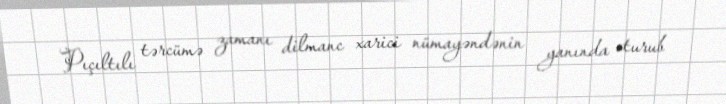
Pıçıltılı tərcümə zamanı dilmanc xarici nümayəndənin yanında oturub